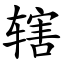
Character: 辖